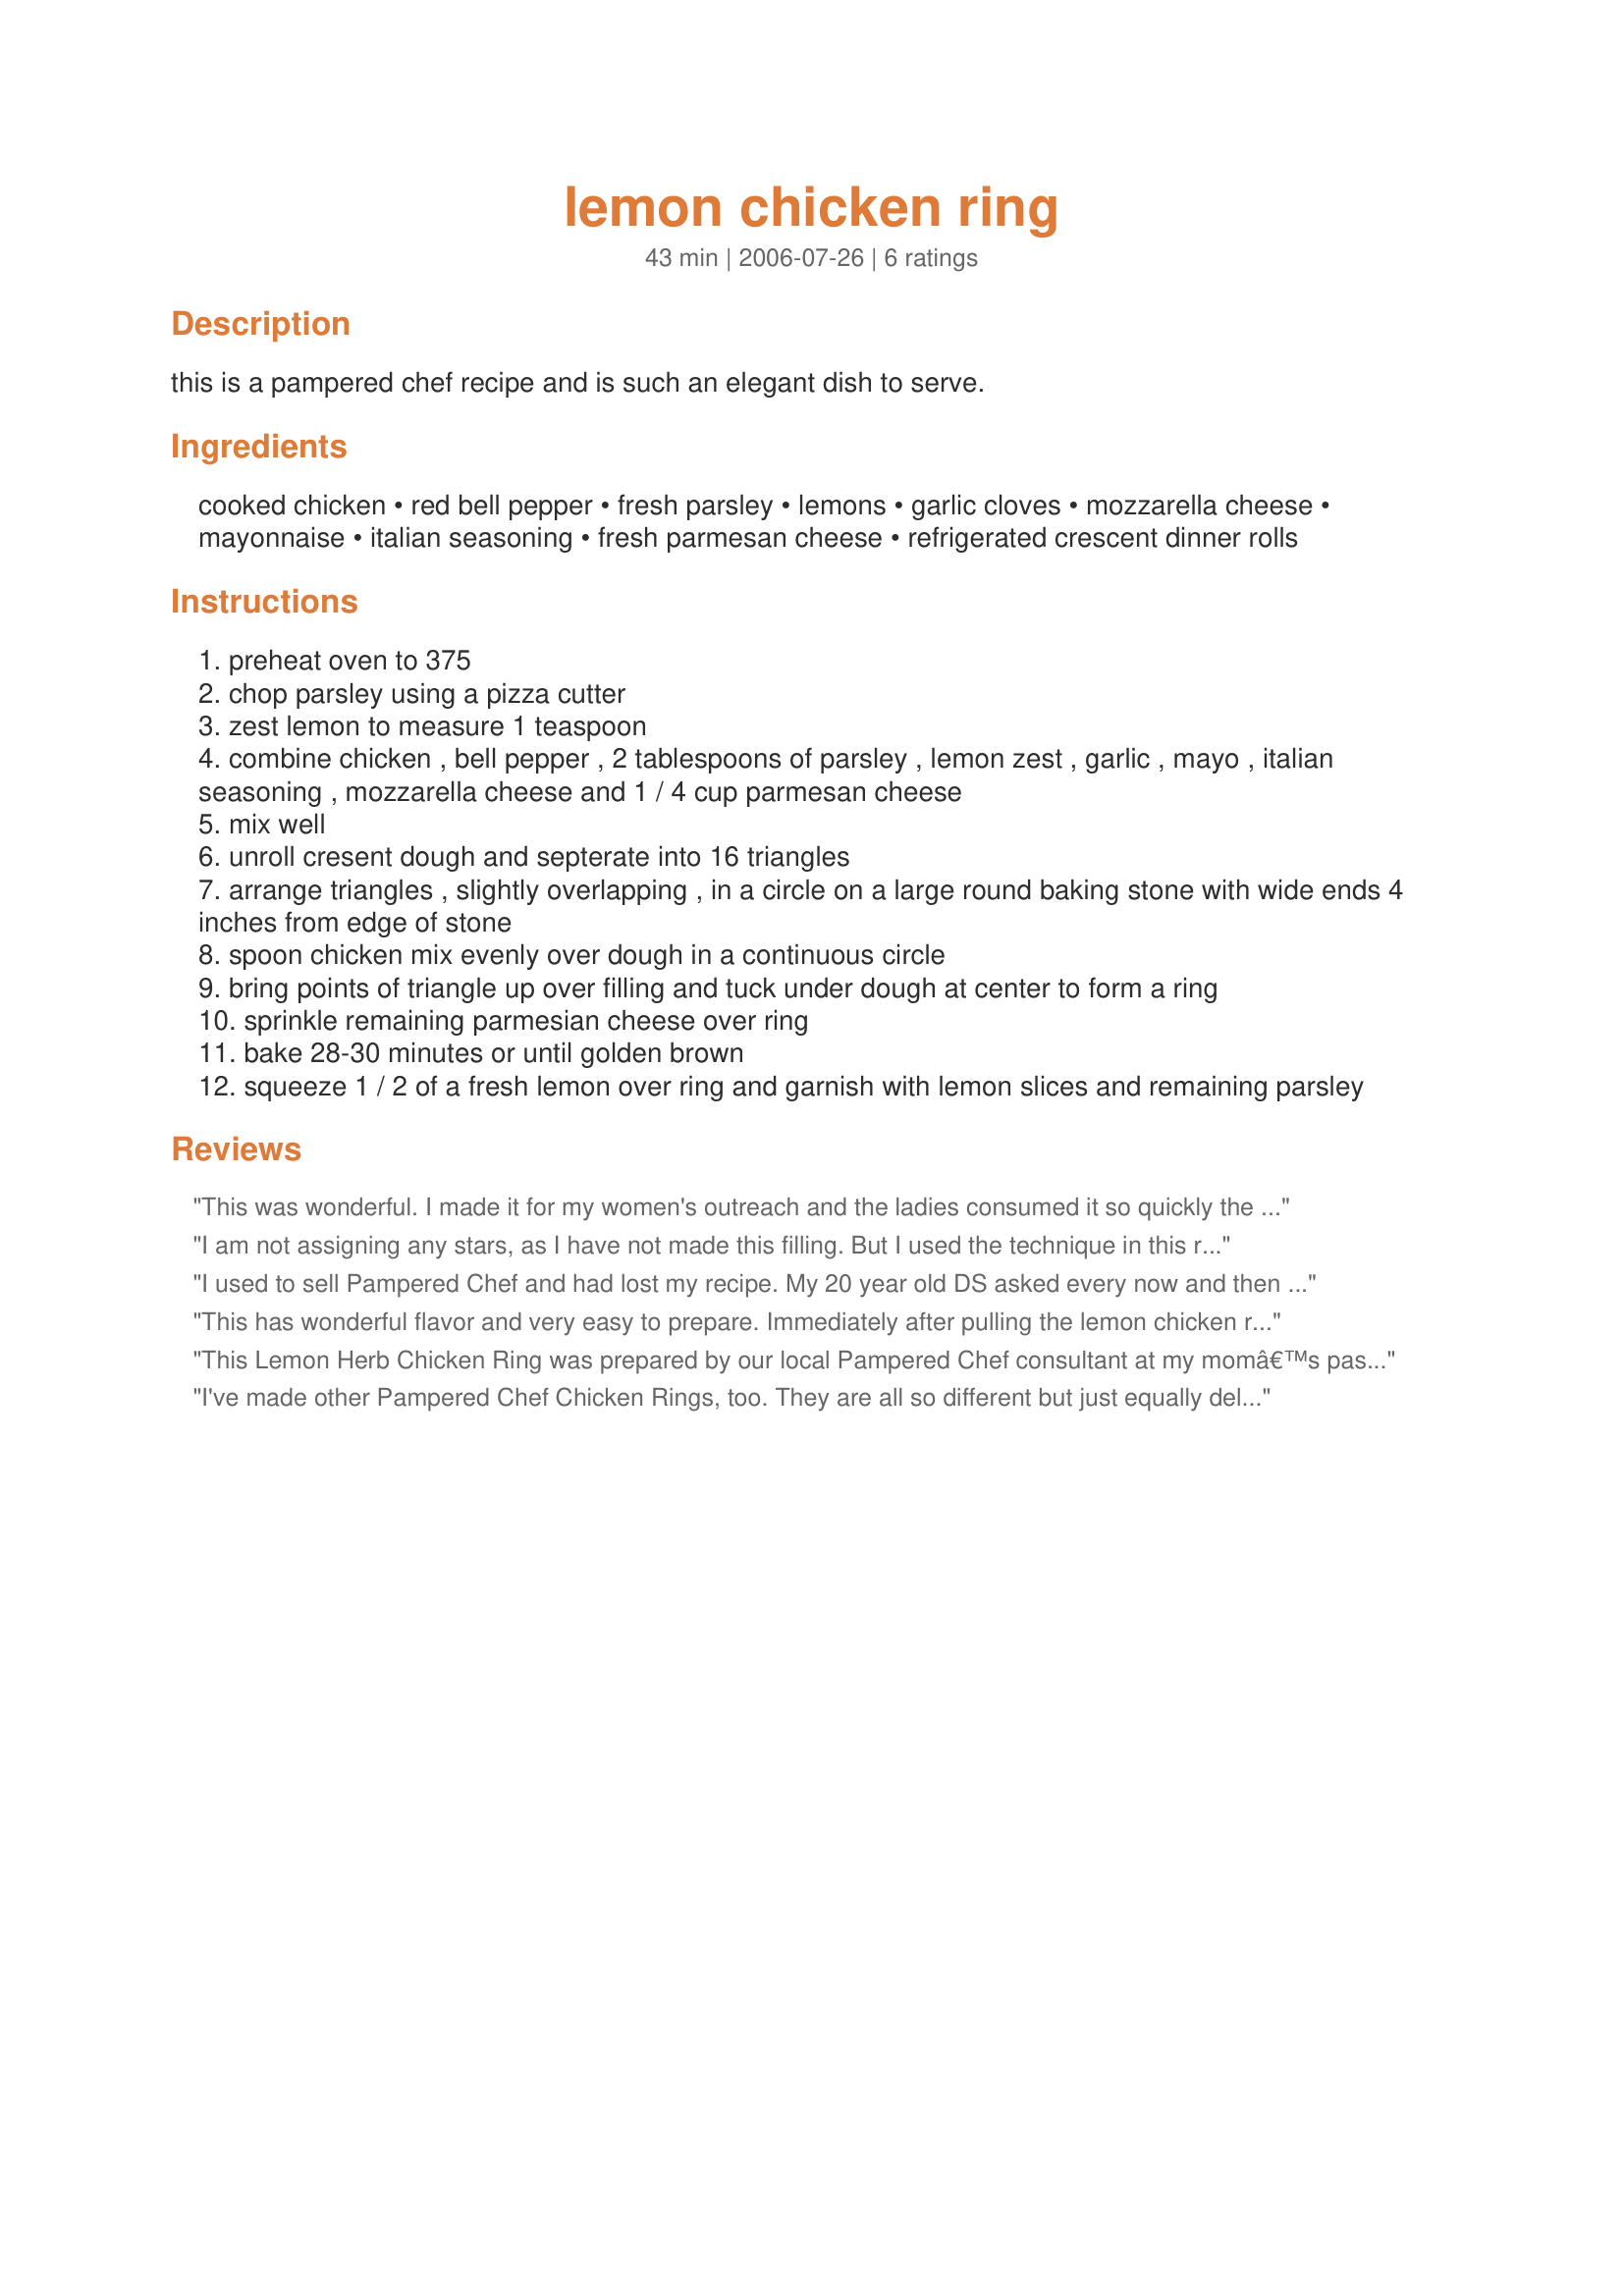
lemon chicken ring
Preparation time: 43 minutes

this is a pampered chef recipe and is such an elegant dish to serve.

Ingredients:
cooked chicken, red bell pepper, fresh parsley, lemons, garlic cloves, mozzarella cheese, mayonnaise, italian seasoning, fresh parmesan cheese, refrigerated crescent dinner rolls

Steps:
preheat oven to 375
chop parsley using a pizza cutter
zest lemon to measure 1 teaspoon
combine chicken , bell pepper , 2 tablespoons of parsley , lemon zest , garlic , mayo , italian seasoning , mozzarella cheese and 1 / 4 cup parmesan cheese
mix well
unroll cresent dough and septerate into 16 triangles
arrange triangles , slightly overlapping , in a circle on a large round baking stone with wide ends 4 inches from edge of stone
spoon chicken mix evenly over dough in a continuous circle
bring points of triangle up over filling and tuck under dough at center to form a ring
sprinkle remaining parmesian cheese over ring
bake 28-30 minutes or until golden brown
squeeze 1 / 2 of a fresh lemon over ring and garnish with lemon slices and remaining parsley

Reviews:
This was wonderful. I made it for my women's outreach and the ladies consumed it so quickly the were asking for more.
I am not assigning any stars, as I have not made this filling. But I used the technique in this recipe for the family three times now, using whatever leftover chicken salad we had on hand. My husband is always making a huge batch of chicken salad for the kids' school lunches. He tries a new recipe every time. Before I use the leftovers in this ring, I make sure to add the cheese included in this recipe. It has always been so good. It's nice garnished with browned almonds as well. Thanks, Parkers Mom, for posting.
I used to sell Pampered Chef and had lost my recipe. My 20 year old DS asked every now and then for this. Thanks for posting-he is very happy and so am I.
This has wonderful flavor and very easy to prepare. Immediately after pulling the lemon chicken ring out of the oven, I put the lemon slices in between the larger spaces created after baking and let it sit for 10 minutes. This creates a real lemony flavor which my family enjoys. Thank you for posting!
This Lemon Herb Chicken Ring was prepared by our local Pampered Chef consultant at my momâ€™s past party. We all absolutely loved it, and I have pasted this recipe to many friends and family! This recipe is easy to prepare once you get a hang on how to position the crescent rolls. I make this often, and occasionally add chopped carrots to the mix and usually increase the seasonings for more intense herb and lemon flavor. I think chopped up zucchini would even be a nice addition. Also, the chicken mixture makes a great tasting chicken salad when you do not have time to bake it with the crescent rolls.
I've made other Pampered Chef Chicken Rings, too. They are all so different but just equally delicious! Thanks for a great recipe! The kids couldn't get enough.
